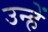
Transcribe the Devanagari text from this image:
उन्हें